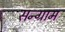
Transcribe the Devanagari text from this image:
सन्ग्राम